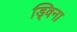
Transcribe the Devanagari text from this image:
ड्विना